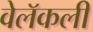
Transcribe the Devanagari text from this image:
वेलॅकली